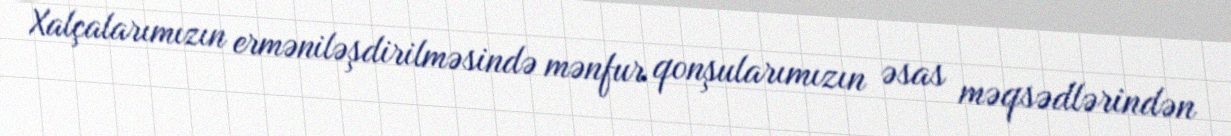
Xalçalarımızın erməniləşdirilməsində mənfur qonşularımızın əsas məqsədlərindən